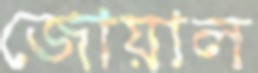
জোয়াল